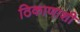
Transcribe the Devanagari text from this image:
ठिकाणाशी